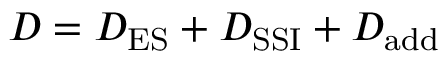
D = D _ { \mathrm { E S } } + D _ { \mathrm { S S I } } + D _ { \mathrm { a d d } }